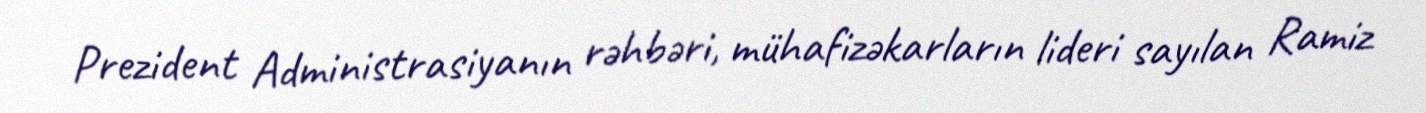
Prezident Administrasiyanın rəhbəri, mühafizəkarların lideri sayılan Ramiz